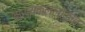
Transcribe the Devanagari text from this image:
हास्यकल्लोळात